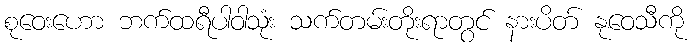
စုဝေးဟော ဘက်ထရီပါဝါသုံး သက်တမ်းတိုးရာတွင် နားပိတ် နုဝေသီကို